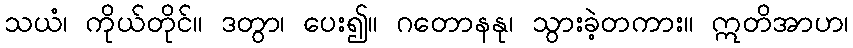
သယံ၊ ကိုယ်တိုင်။ ဒတွာ၊ ပေး၍။ ဂတောနနု၊ သွားခဲ့တကား။ ဣတိအာဟ၊